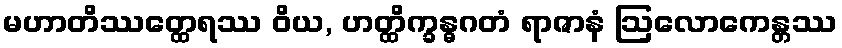
မဟာတိဿတ္ထေရဿ ဝိယ, ဟတ္ထိက္ခန္ဓဂတံ ရာဇာနံ ဩလောကေန္တဿ